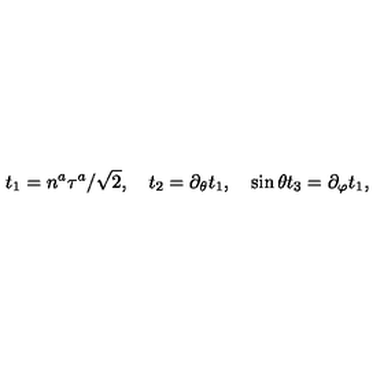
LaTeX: t _ { 1 } = n ^ { a } \tau ^ { a } / \sqrt { 2 } , \quad t _ { 2 } = \partial _ { \theta } t _ { 1 } , \quad \sin \theta t _ { 3 } = \partial _ { \varphi } t _ { 1 } ,